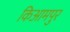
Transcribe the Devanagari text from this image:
किआमपुर